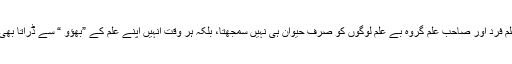
صاحبِ علم فرد اور صاحبِ علم گروہ بے علم لوگوں کو صرف حیوان ہی نہیں سمجھتا، بلکہ ہر وقت انہیں اپنے علم کے ”بھؤو “ سے ڈراتا بھی رہتا ہے۔